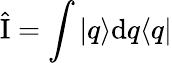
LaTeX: \hat{\mathrm{I}}=\int|q\rangle\mathrm{d}q\langle q|